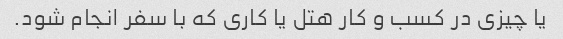
یا چیزی در کسب و کار هتل یا کاری که با سفر انجام شود.